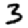
Digit: 3